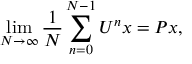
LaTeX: \operatorname* { l i m } _ { N \to \infty } { \frac { 1 } { N } } \sum _ { n = 0 } ^ { N - 1 } U ^ { n } x = P x ,